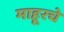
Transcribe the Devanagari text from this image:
माहूरचे